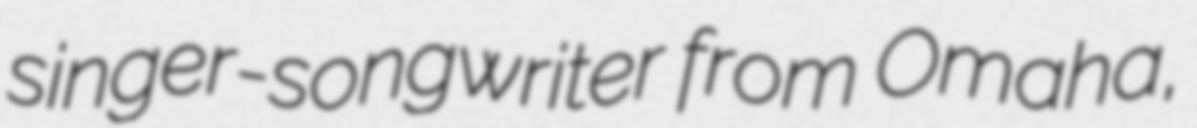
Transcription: singer-songwriter from Omaha,